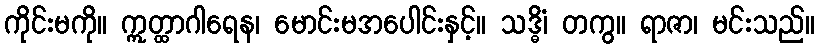
ကိုင်းမကို။ ဣတ္ထာဂါရေန၊ မောင်းမအပေါင်းနှင့်။ သဒ္ဓိံ၊ တကွ။ ရာဇာ၊ မင်းသည်။